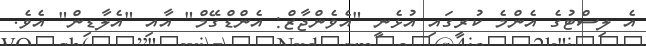
އެ ލިސްޓުގެ އެންމެ ކުރީގައި އުޅެނީ "އެވެންޖާޒް: އެންޑްގޭމް" އާއި "އެލާޑިން" އެވެ.